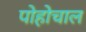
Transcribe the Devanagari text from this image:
पोहोचाल